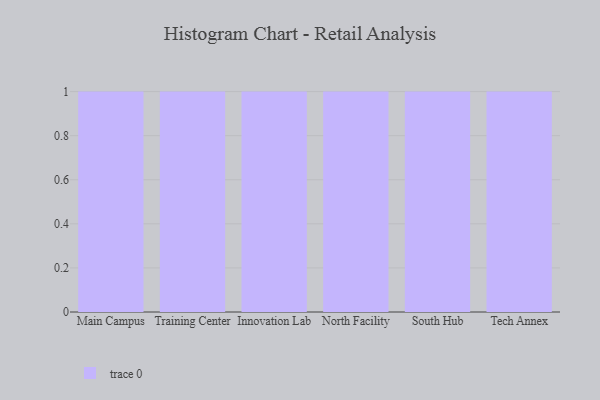
{"axis": {"x": "Campus", "y": "Bounce Rate (%)"}, "legend": [""], "data": [{"x": "Main Campus", "y": 42, "type": ""}, {"x": "Training Center", "y": 70, "type": ""}, {"x": "Innovation Lab", "y": 69, "type": ""}, {"x": "North Facility", "y": 64, "type": ""}, {"x": "South Hub", "y": 81, "type": ""}, {"x": "Tech Annex", "y": 20, "type": ""}]}